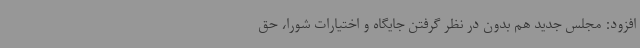
افزود: مجلس جدید هم بدون در نظر گرفتن جایگاه و اختیارات شورا، حق